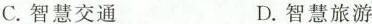
C.智慧交通 D.智慧旅游